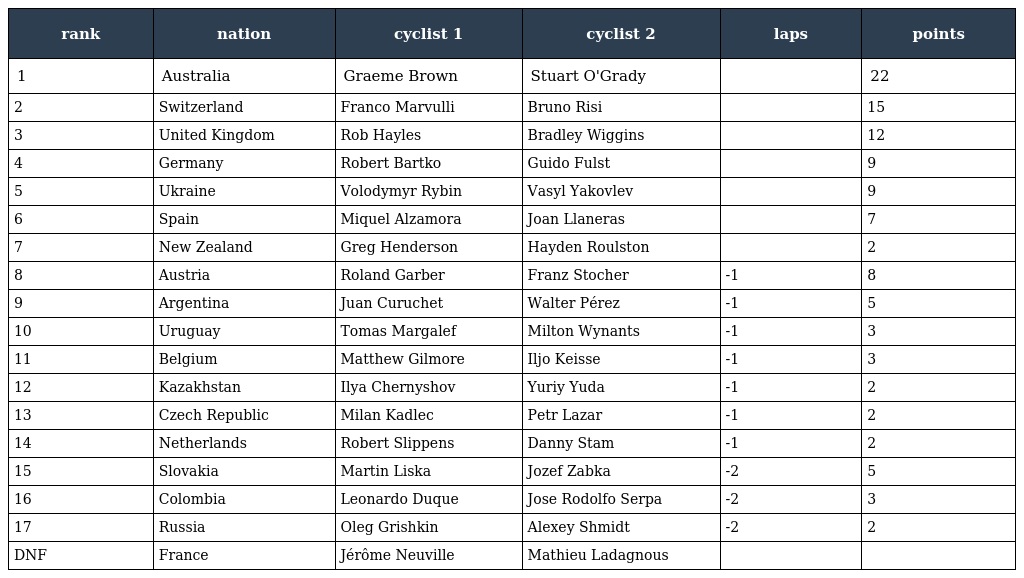
| rank | nation | cyclist 1 | cyclist 2 | laps | points |
 | --- | --- | --- | --- | --- | --- |
 | 1 | Australia | Graeme Brown | Stuart O'Grady |  | 22 |
 | 2 | Switzerland | Franco Marvulli | Bruno Risi |  | 15 |
 | 3 | United Kingdom | Rob Hayles | Bradley Wiggins |  | 12 |
 | 4 | Germany | Robert Bartko | Guido Fulst |  | 9 |
 | 5 | Ukraine | Volodymyr Rybin | Vasyl Yakovlev |  | 9 |
 | 6 | Spain | Miquel Alzamora | Joan Llaneras |  | 7 |
 | 7 | New Zealand | Greg Henderson | Hayden Roulston |  | 2 |
 | 8 | Austria | Roland Garber | Franz Stocher | -1 | 8 |
 | 9 | Argentina | Juan Curuchet | Walter Pérez | -1 | 5 |
 | 10 | Uruguay | Tomas Margalef | Milton Wynants | -1 | 3 |
 | 11 | Belgium | Matthew Gilmore | Iljo Keisse | -1 | 3 |
 | 12 | Kazakhstan | Ilya Chernyshov | Yuriy Yuda | -1 | 2 |
 | 13 | Czech Republic | Milan Kadlec | Petr Lazar | -1 | 2 |
 | 14 | Netherlands | Robert Slippens | Danny Stam | -1 | 2 |
 | 15 | Slovakia | Martin Liska | Jozef Zabka | -2 | 5 |
 | 16 | Colombia | Leonardo Duque | Jose Rodolfo Serpa | -2 | 3 |
 | 17 | Russia | Oleg Grishkin | Alexey Shmidt | -2 | 2 |
 | DNF | France | Jérôme Neuville | Mathieu Ladagnous |  |  |